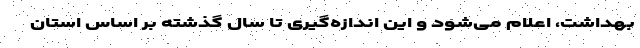
بهداشت، اعلام می‌شود و این اندازه‌گیری تا سال گذشته بر اساس استان